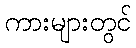
ကားများတွင်